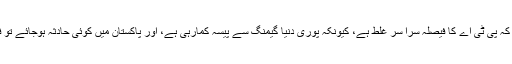
ایک اور نوجوان نے کہا کہ پی ٹی اے کا فیصلہ سرا سر غلط ہے، کیونکہ پوری دنیا گیمنگ سے پیسہ کمارہی ہے، اور پاکستان میں کوئی حادثہ ہوجائے تو فوراً گیم بند کردیتے ہیں۔